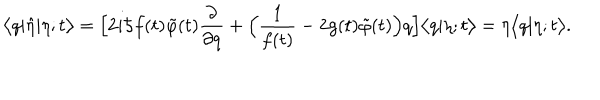
\bigl < q | \hat { \eta } | \eta ; t \bigr > = \Bigl [ 2 i \hbar f ( t ) \tilde { \varphi } ( t ) \frac { \partial } { \partial q } + \Bigl ( \frac { 1 } { f ( t ) } - 2 g ( t ) \tilde { \varphi } ( t ) \Bigr ) q \Bigr ] \bigl < q | \eta ; t \bigr > = \eta \bigl < q | \eta ; t \bigr > .